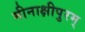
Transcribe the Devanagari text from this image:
मीनाक्षीपुरम्